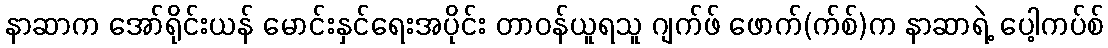
နာဆာက အော်ရိုင်းယန် မောင်းနှင်ရေးအပိုင်း တာဝန်ယူရသူ ဂျက်ဖ် ဖောက်(က်စ်)က နာဆာရဲ့ ပေါ့ကပ်စ်